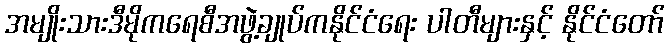
အမျိုးသားဒီမိုကရေစီအဖွဲ့ချုပ်ကနိုင်ငံရေး ပါတီများနှင့် နိုင်ငံတော်